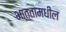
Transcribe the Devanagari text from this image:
भाततामधील